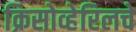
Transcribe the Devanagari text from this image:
क्रिसोव्हेरिलचे